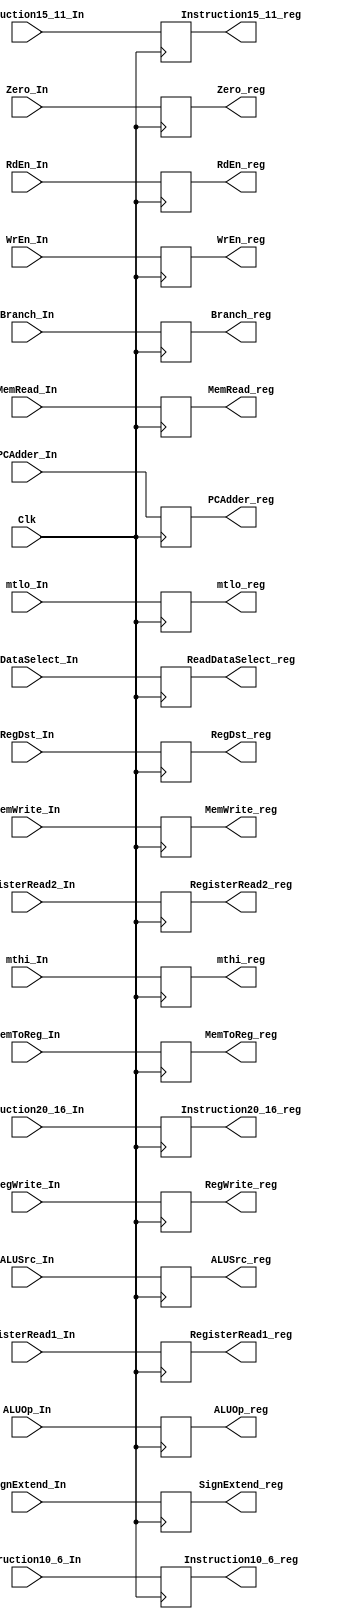
`timescale 1ns / 1ps

module IDEXRegister(
// inputs
Clk, RegDst_In, ALUSrc_In, ALUOp_In, WrEn_In, RdEn_In, MemRead_In, MemWrite_In, Branch_In,
RegWrite_In, MemToReg_In, PCAdder_In, RegisterRead1_In, RegisterRead2_In, SignExtend_In, 
Instruction20_16_In, Instruction15_11_In, Instruction10_6_In, Zero_In, ReadDataSelect_In,
mthi_In, mtlo_In,

// outputs and registers
RegDst_reg, ALUSrc_reg, ALUOp_reg, WrEn_reg, RdEn_reg, MemRead_reg, MemWrite_reg, Branch_reg, RegWrite_reg,
MemToReg_reg, PCAdder_reg, RegisterRead1_reg, RegisterRead2_reg, SignExtend_reg,
Instruction20_16_reg, Instruction15_11_reg, Instruction10_6_reg, Zero_reg, ReadDataSelect_reg,
mthi_reg, mtlo_reg
); //,
//RegDst_Out, ALUOp_Out, ALUSrc_Out);

    input Clk;
    input RegDst_In;
    input [1:0] ALUSrc_In;
    input ReadDataSelect_In;
    input [5:0] ALUOp_In; // bit-width changed
    input WrEn_In;
    input RdEn_In; ///////////////////////////////////
    input MemRead_In; 
    input MemWrite_In;
    input Branch_In;
    input RegWrite_In;
    input MemToReg_In;
    input [31:0] PCAdder_In, RegisterRead1_In, RegisterRead2_In, SignExtend_In;
    input [4:0] Instruction20_16_In, Instruction15_11_In, Instruction10_6_In;
    input Zero_In;///////////////
    input mthi_In, mtlo_In;
    output RegDst_reg;
    output [1:0] ALUSrc_reg;
    output [5:0] ALUOp_reg; // bit-width changed
    output WrEn_reg;
    output RdEn_reg; ///////////////////////////////////
    output MemRead_reg; 
    output MemWrite_reg;
    output Branch_reg;
    output RegWrite_reg;
    output MemToReg_reg;
    output [31:0] PCAdder_reg, RegisterRead1_reg, RegisterRead2_reg, SignExtend_reg;
    output [4:0] Instruction20_16_reg, Instruction15_11_reg, Instruction10_6_reg;
    output Zero_reg;
    output ReadDataSelect_reg;
    output mthi_reg, mtlo_reg;
    
    // registers in the pipelined datapath
    reg RegDst_reg;
    reg [1:0] ALUSrc_reg;
    reg [5:0] ALUOp_reg; // (changed bit-width)
    reg WrEn_reg;
    reg RdEn_reg; /////////////////////////////////
    reg MemRead_reg; 
    reg MemWrite_reg;
    reg Branch_reg;
    reg RegWrite_reg; 
    reg MemToReg_reg;
    reg [31:0] PCAdder_reg, RegisterRead1_reg, RegisterRead2_reg, SignExtend_reg;
    reg [4:0] Instruction20_16_reg, Instruction15_11_reg, Instruction10_6_reg;
    reg Zero_reg;
    reg ReadDataSelect_reg;
    reg mthi_reg, mtlo_reg;
    
    initial begin
        RegDst_reg = 0;
        ALUSrc_reg = 0;
        ALUOp_reg = 0;
        WrEn_reg = 0;
        RdEn_reg = 0;
        MemRead_reg = 0;
        MemWrite_reg = 0;
        Branch_reg = 0;
        RegWrite_reg = 0;
        MemToReg_reg = 0;
        PCAdder_reg = 0;
        RegisterRead1_reg = 0;
        RegisterRead2_reg = 0;
        SignExtend_reg = 0;
        Instruction20_16_reg = 0;
        Instruction15_11_reg = 0;
        Instruction10_6_reg = 0;
        Zero_reg = 0;
        ReadDataSelect_reg = 0;
        mthi_reg = 0;
        mtlo_reg = 0;
    end
    
    always @(posedge Clk) begin
        RegDst_reg <= RegDst_In;
        ALUSrc_reg <= ALUSrc_In;
        ALUOp_reg <= ALUOp_In;
        WrEn_reg <= WrEn_In;
        RdEn_reg <= RdEn_In;
        MemRead_reg <= MemRead_In;
        MemWrite_reg <= MemWrite_In;
        Branch_reg <= Branch_In;
        RegWrite_reg <= RegWrite_In;
        MemToReg_reg <= MemToReg_In;
        PCAdder_reg <= PCAdder_In; 
        RegisterRead1_reg <= RegisterRead1_In;
        RegisterRead2_reg <= RegisterRead2_In;
        SignExtend_reg <= SignExtend_In;
        Instruction20_16_reg <= Instruction20_16_In;
        Instruction15_11_reg <= Instruction15_11_In;
        Instruction10_6_reg <= Instruction10_6_In;
        Zero_reg <= Zero_In;
        ReadDataSelect_reg <= ReadDataSelect_In;
        mthi_reg <= mthi_In;
        mtlo_reg <= mtlo_In;
    end

    // removed negedge code

endmodule